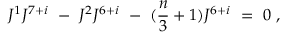
J ^ { 1 } J ^ { 7 + i } \ - \ J ^ { 2 } J ^ { 6 + i } \ - \ ( { \frac { n } { 3 } } + 1 ) J ^ { 6 + i } \ = \ 0 \ ,